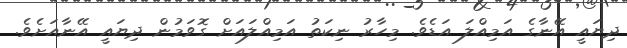
ދިޔައީ އޭނާގެ އަމިއްލަ އަޑެވެ. މިހާރު ނިކަތު އަމިއްލައަށް ގޮވަމުން ދިޔައީ އޭނާއަށެވެ.